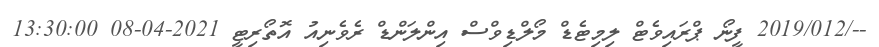
--/2019/012 ފީނޯ ޕްރައިވެޓް ލިމިޓެޑް މޯލްޑިވްސް އިންލަންޑް ރެވެނިއު އޮތޯރިޓީ 2021-04-08 13:30:00